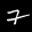
Label: 7